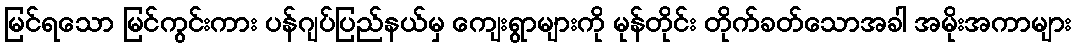
မြင်ရသော မြင်ကွင်းကား ပန်ဂျပ်ပြည်နယ်မှ ကျေးရွာများကို မုန်တိုင်း တိုက်ခတ်သောအခါ အမိုးအကာများ